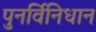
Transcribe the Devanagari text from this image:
पुनर्विनिधान